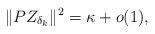
\begin{align*}\|PZ_{\delta_k}\|^2= \kappa+o(1),\end{align*}